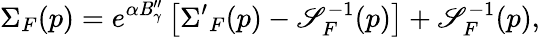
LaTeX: \Sigma_{F}(p)=e^{\alpha\mathit{B}_{\gamma}^{\prime\prime}}\left[{\Sigma^{\prime}}_{F}(p)-\mathscr{S}_{F}^{-1}(p)\right]+\mathscr{S}_{F}^{-1}(p),